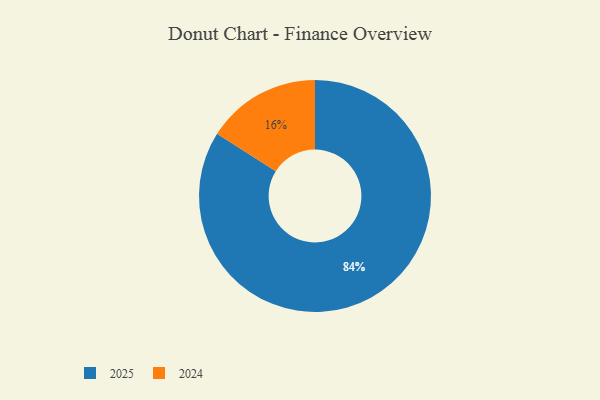
{"axis": {"x": "Category", "y": "Percentage"}, "legend": ["2024", "2025"], "data": [{"x": "2024", "y": 16, "type": "2024"}, {"x": "2025", "y": 84, "type": "2025"}]}